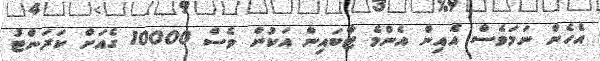
އެހެން ނަމަވެސް އެއިން އެންމެ ޓާބައިން އަކުން ވެސް 10000 ގެއަށް ކަރަންޓު